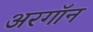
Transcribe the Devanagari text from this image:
अरगॉन